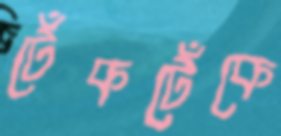
টেঁকটেঁকে